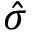
\hat { \sigma }